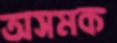
অসমক